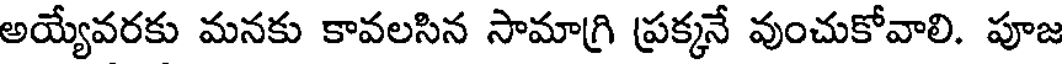
అయ్యేవరకు మనకు కావలసిన సామాగ్రి ప్రక్కనే వుంచుకోవాలి. పూజ